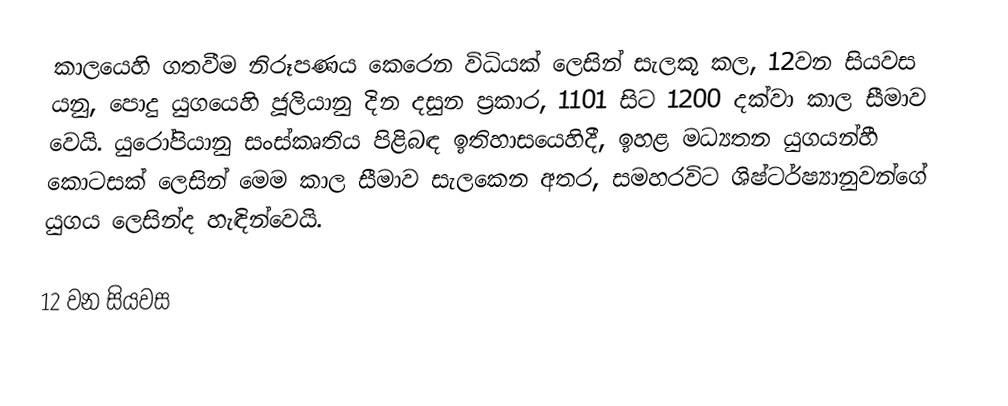
කාලයෙහි ගතවීම නිරූපණය කෙරෙන විධියක් ලෙසින් සැලකූ කල, 12වන සියවස යනු,  පොදු යුගයෙහි ජූලියානු දින දසුන ප්‍රකාර,  1101 සිට 1200 දක්වා කාල සීමාව වෙයි. යුරෝපියානු සංස්කෘතිය පිළිබඳ ඉතිහාසයෙහිදී, ඉහළ මධ්‍යතන යුගයන්හී කොටසක් ලෙසින් මෙම කාල සීමාව සැලකෙන අතර, සමහරවිට   ශිෂ්ටර්ෂ්‍යානුවන්ගේ යුගය ලෙසින්ද හැඳින්වෙයි.

12 වන සියවස